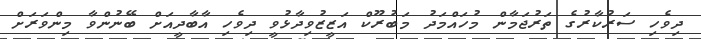
ދިވެހި ސަރުކާރުގެ ތަރުޖަމާން މުހައްމަދު މަބުރޫކް އަޒީޒުވިދާޅުވީ ދިވެހި އާބާދީއަށް ބޭނުންވާ މިންވަރަށް